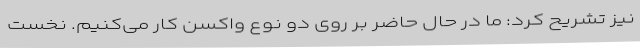
نیز تشریح کرد: ما در حال حاضر بر روی دو نوع واکسن کار می‌کنیم. نخست